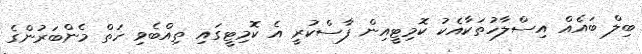
ބިލް ބައެއް އިސްލާހުތަކާއެކު ކޮމިޓީއިން ފާސްކުރީ އެ ކޮމިޓީގައި ތިއްބެވި ހަތް މެންބަރުންގެ